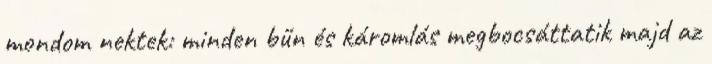
mondom nektek: minden bűn és káromlás megbocsáttatik majd az